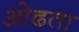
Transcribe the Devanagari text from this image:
ओढता